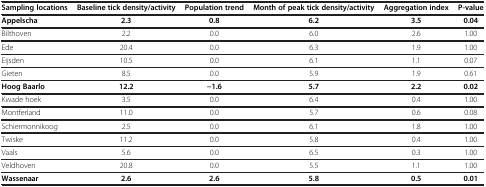
<table><thead><tr><td><b>Sampling locations</b></td><td><b>Baseline tick density/activity</b></td><td><b>Population trend</b></td><td><b>Month of peak tick density/activity</b></td><td><b>Aggregation index</b></td><td><b>P-value</b></td></tr></thead><tbody><tr><td><b>Appelscha</b></td><td><b>2.3</b></td><td><b>0.8</b></td><td><b>6.2</b></td><td><b>3.5</b></td><td><b>0.04</b></td></tr><tr><td>Bilthoven</td><td>2.2</td><td>0.0</td><td>6.0</td><td>2.6</td><td>1.00</td></tr><tr><td>Ede</td><td>20.4</td><td>0.0</td><td>6.3</td><td>1.9</td><td>1.00</td></tr><tr><td>Eijsden</td><td>10.5</td><td>0.0</td><td>6.1</td><td>1.1</td><td>0.07</td></tr><tr><td>Gieten</td><td>8.5</td><td>0.0</td><td>5.9</td><td>1.9</td><td>0.61</td></tr><tr><td><b>Hoog Baarlo</b></td><td><b>12.2</b></td><td><b>−1.6</b></td><td><b>5.7</b></td><td><b>2.2</b></td><td><b>0.02</b></td></tr><tr><td>Kwade hoek</td><td>3.5</td><td>0.0</td><td>6.4</td><td>0.4</td><td>1.00</td></tr><tr><td>Montferland</td><td>11.0</td><td>0.0</td><td>5.7</td><td>0.6</td><td>0.08</td></tr><tr><td>Schiermonnikoog</td><td>2.5</td><td>0.0</td><td>6.1</td><td>1.8</td><td>1.00</td></tr><tr><td>Twiske</td><td>11.2</td><td>0.0</td><td>5.8</td><td>0.4</td><td>1.00</td></tr><tr><td>Vaals</td><td>5.6</td><td>0.0</td><td>6.5</td><td>0.3</td><td>1.00</td></tr><tr><td>Veldhoven</td><td>20.8</td><td>0.0</td><td>5.5</td><td>1.1</td><td>1.00</td></tr><tr><td><b>Wassenaar</b></td><td><b>2.6</b></td><td><b>2.6</b></td><td><b>5.8</b></td><td><b>0.5</b></td><td><b>0.01</b></td></tr></tbody></table>